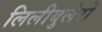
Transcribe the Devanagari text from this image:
लिलीबुलेरो